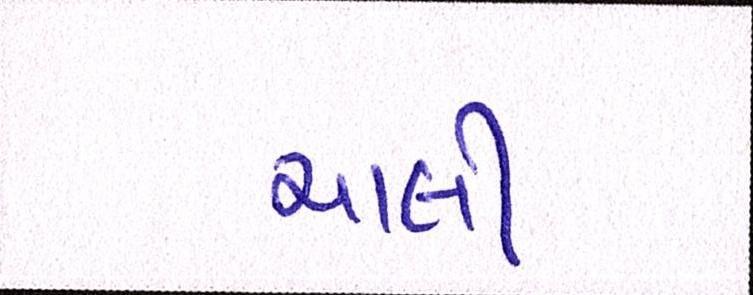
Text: ચાલી